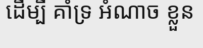
ដើម្បី គាំទ្រ អំណាច ខ្លួន